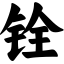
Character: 铨